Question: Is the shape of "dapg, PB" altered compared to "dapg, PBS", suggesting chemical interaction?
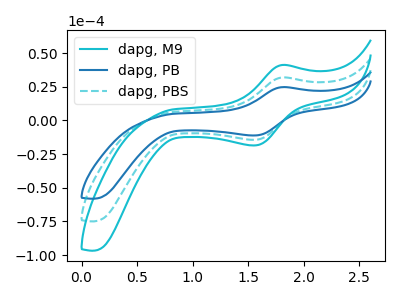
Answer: <think>The cyan curve "dapg, M9" has an anodic peak at (1.80V, 63.90uA) and a cathodic peak at (1.55V, -28.75uA). The blue curve "dapg, PB" has an anodic peak at (1.80V, 24.75uA) and a cathodic peak at (1.55V, -11.15uA). The cyan dashed curve "dapg, PBS" has an anodic peak at (1.80V, 31.95uA) and a cathodic peak at (1.55V, -14.40uA).
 All the peaks in "dapg, PB" have a peak in "dapg, PBS" at the same potential. Every peak in "dapg, PB" is lower than every peak in "dapg, PBS".</think>
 <answer>No, "dapg, PB" and "dapg, PBS" don't appear to be significantly different in shape</answer>
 <eval>no_change</eval>